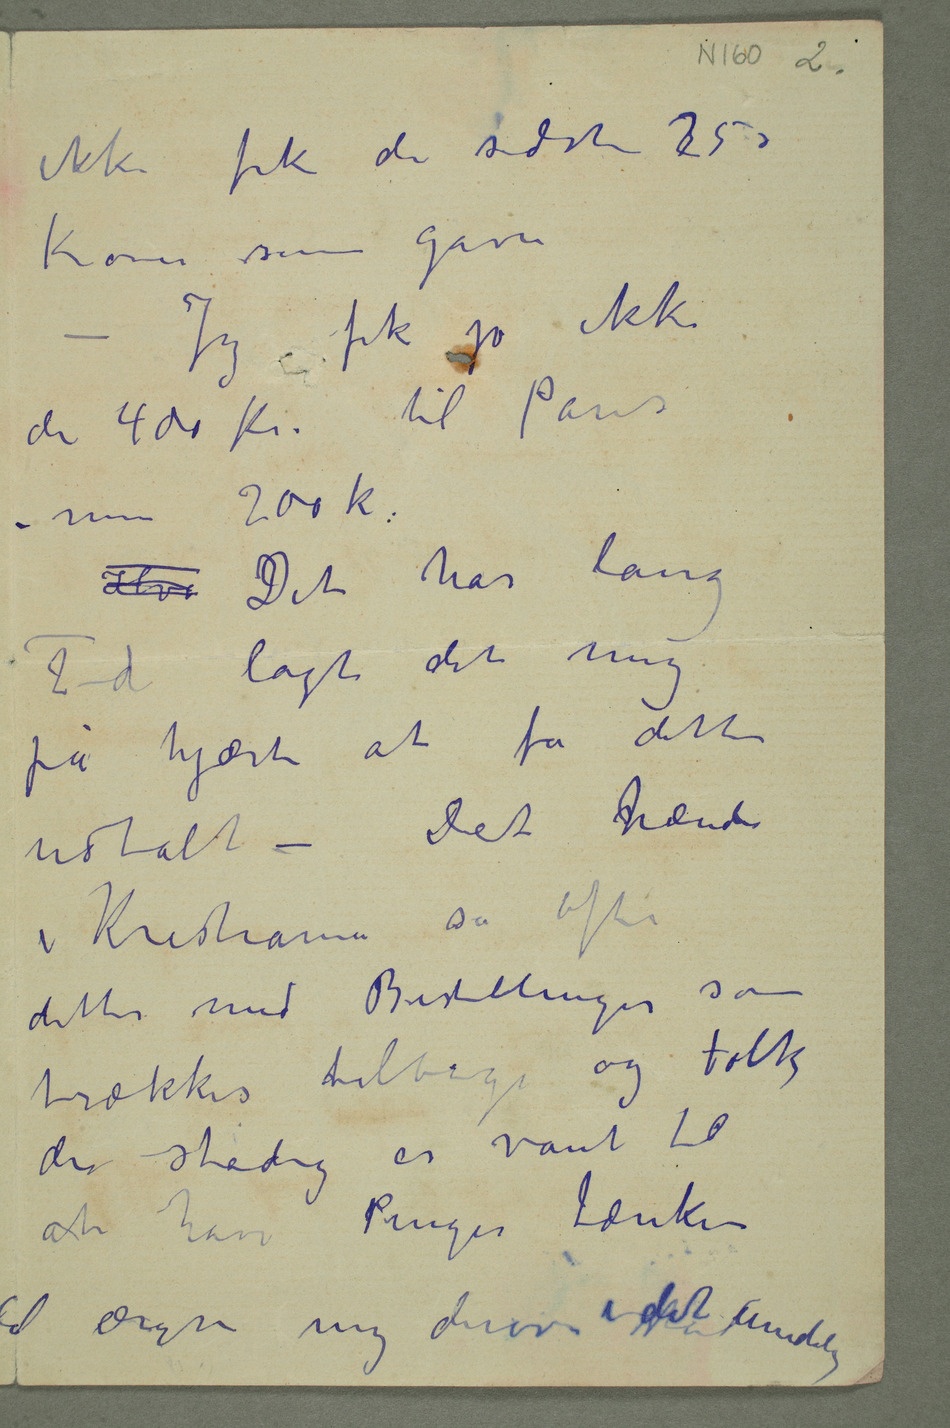
ikke fikk de sidste 3250
Kroner som gave
– Jeg fik jo ikke
de 400 Kr. til Paris –
men 200 kr.
Hv Det har lang
Tid lagt det mig
på hjærte at få dette
udtalt – Det hænder
i Kristiania så ofte
dette med Bestillinger som
trækkes tilbage og folk
der stadig er vant til